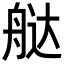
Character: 𬜔